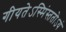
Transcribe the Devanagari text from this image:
गीयतेऽस्मिंस्ततोऽयं